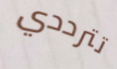
تترددي